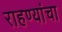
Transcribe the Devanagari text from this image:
राहण्यांचा